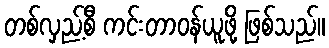
တစ်လှည့်စီ ကင်းတာဝန်ယူဖို့ ဖြစ်သည်။